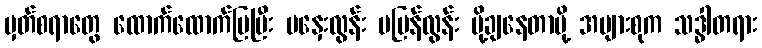
မှတ်စရာတွေ ထောက်ထောက်ပြပြီး မနှေးလွန်း မမြန်လွန်း ပို့ချနေတာမို့ အများစုက သဒ္ဓါတရား